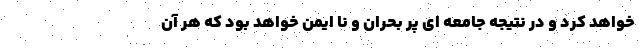
خواهد کرد و در نتیجه جامعه ای پر بحران و نا ایمن خواهد بود که هر آن